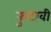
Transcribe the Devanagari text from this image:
फुटावी